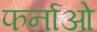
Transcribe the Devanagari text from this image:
फर्नाओ